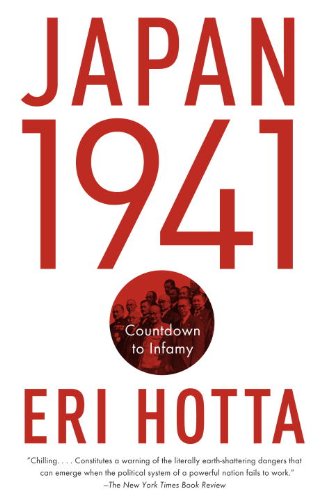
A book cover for Japan 1941: Countdown to Infamy; Eri Hotta; History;